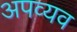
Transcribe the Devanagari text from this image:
अपव्यव